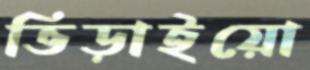
ভিড়াইয়ো